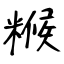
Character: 糇